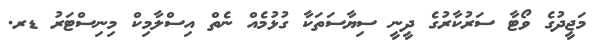
މަޖީދުގެ ވޯޓާ ސަރުކާރުގެ ދީނީ ސިޔާސަތަކާ ގުޅުމެއް ނެތް އިސްލާމިކް މިނިސްޓަރު ޑރ.